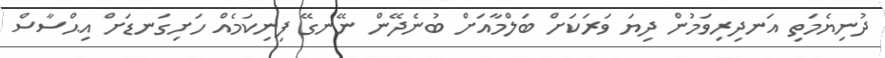
ދުނިޔެމަތި އަނދިރިވަމުން ދިޔަ ވަރަކަށް ބަލްމާއަށް ބުނެދޭން ނޭނގޭ ފިނިކަމެއް ހަށިގަނޑަށް އިޙްސާސް